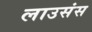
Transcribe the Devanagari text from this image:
लाउसंस